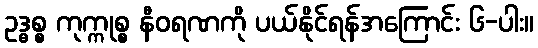
ဥဒ္ဓစ္စ ကုက္ကုစ္စ နီဝရဏကို ပယ်နိုင်ရန်အကြောင်း ၆-ပါး။